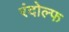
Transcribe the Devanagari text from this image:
रंदोल्फ